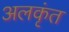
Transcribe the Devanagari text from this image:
अलकृंत